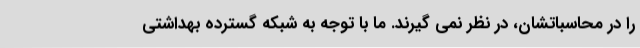
را در محاسباتشان، در نظر نمی گیرند. ما با توجه به شبکه گسترده بهداشتی